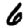
Digit: 6